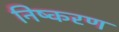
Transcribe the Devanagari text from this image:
निष्करण